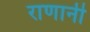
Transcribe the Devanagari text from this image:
राणानी